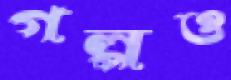
গল্পও